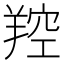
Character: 羫